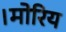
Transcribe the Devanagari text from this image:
।मोरिय